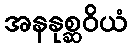
အနနုစ္ဆဝိယံ